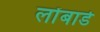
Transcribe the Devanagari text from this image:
लोंबार्ड